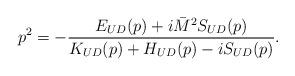
LaTeX: \begin{align*}p^2= - \frac{E_{UD}(p)+i\bar{M}^2S_{UD}(p)} {K_{UD}(p)+H_{UD}(p)-iS_{UD}(p)}.\end{align*}